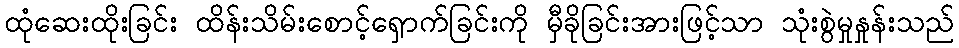
ထုံဆေးထိုးခြင်း ထိန်းသိမ်းစောင့်ရှောက်ခြင်းကို မှီခိုခြင်းအားဖြင့်သာ သုံးစွဲမှုနှုန်းသည်